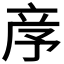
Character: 𥩧